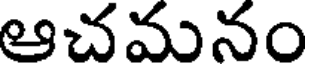
ఆచమనం